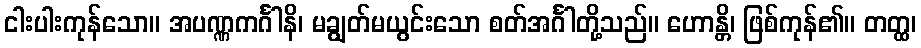
ငါးပါးကုန်သော။ အပဏ္ဏကင်္ဂါနိ၊ မချွတ်မယွင်းသော စတ်အင်္ဂါတို့သည်။ ဟောန္တိ၊ ဖြစ်ကုန်၏။ တတ္ထ၊